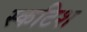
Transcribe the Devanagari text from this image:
स्कटिश